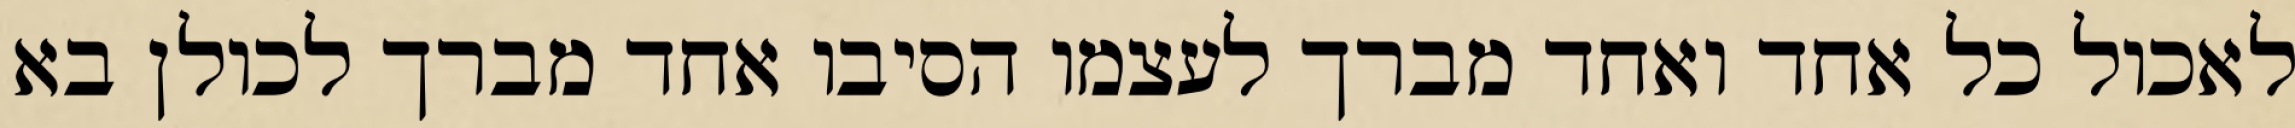
לאכול כל אחד ואחד מברך לעצמו הסיבו אחד מברך לכולן בא